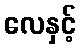
လေနှင့်